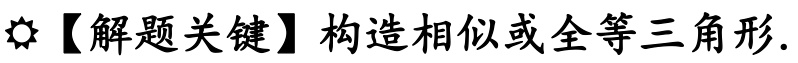
☀【解题关键】构造相似或全等三角形.